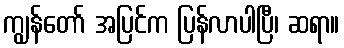
ကျွန်တော် အပြင်က ပြန်လာပါပြီ၊ ဆရာ။